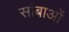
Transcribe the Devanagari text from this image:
सांबाओं